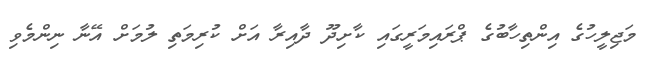
މަޖިލީހުގެ އިންތިހާބުގެ ޕްރައިމަރީގައި ކާށިދޫ ދާއިރާ އަށް ކުރިމަތި ލުމަށް އޭނާ ނިންމެވި